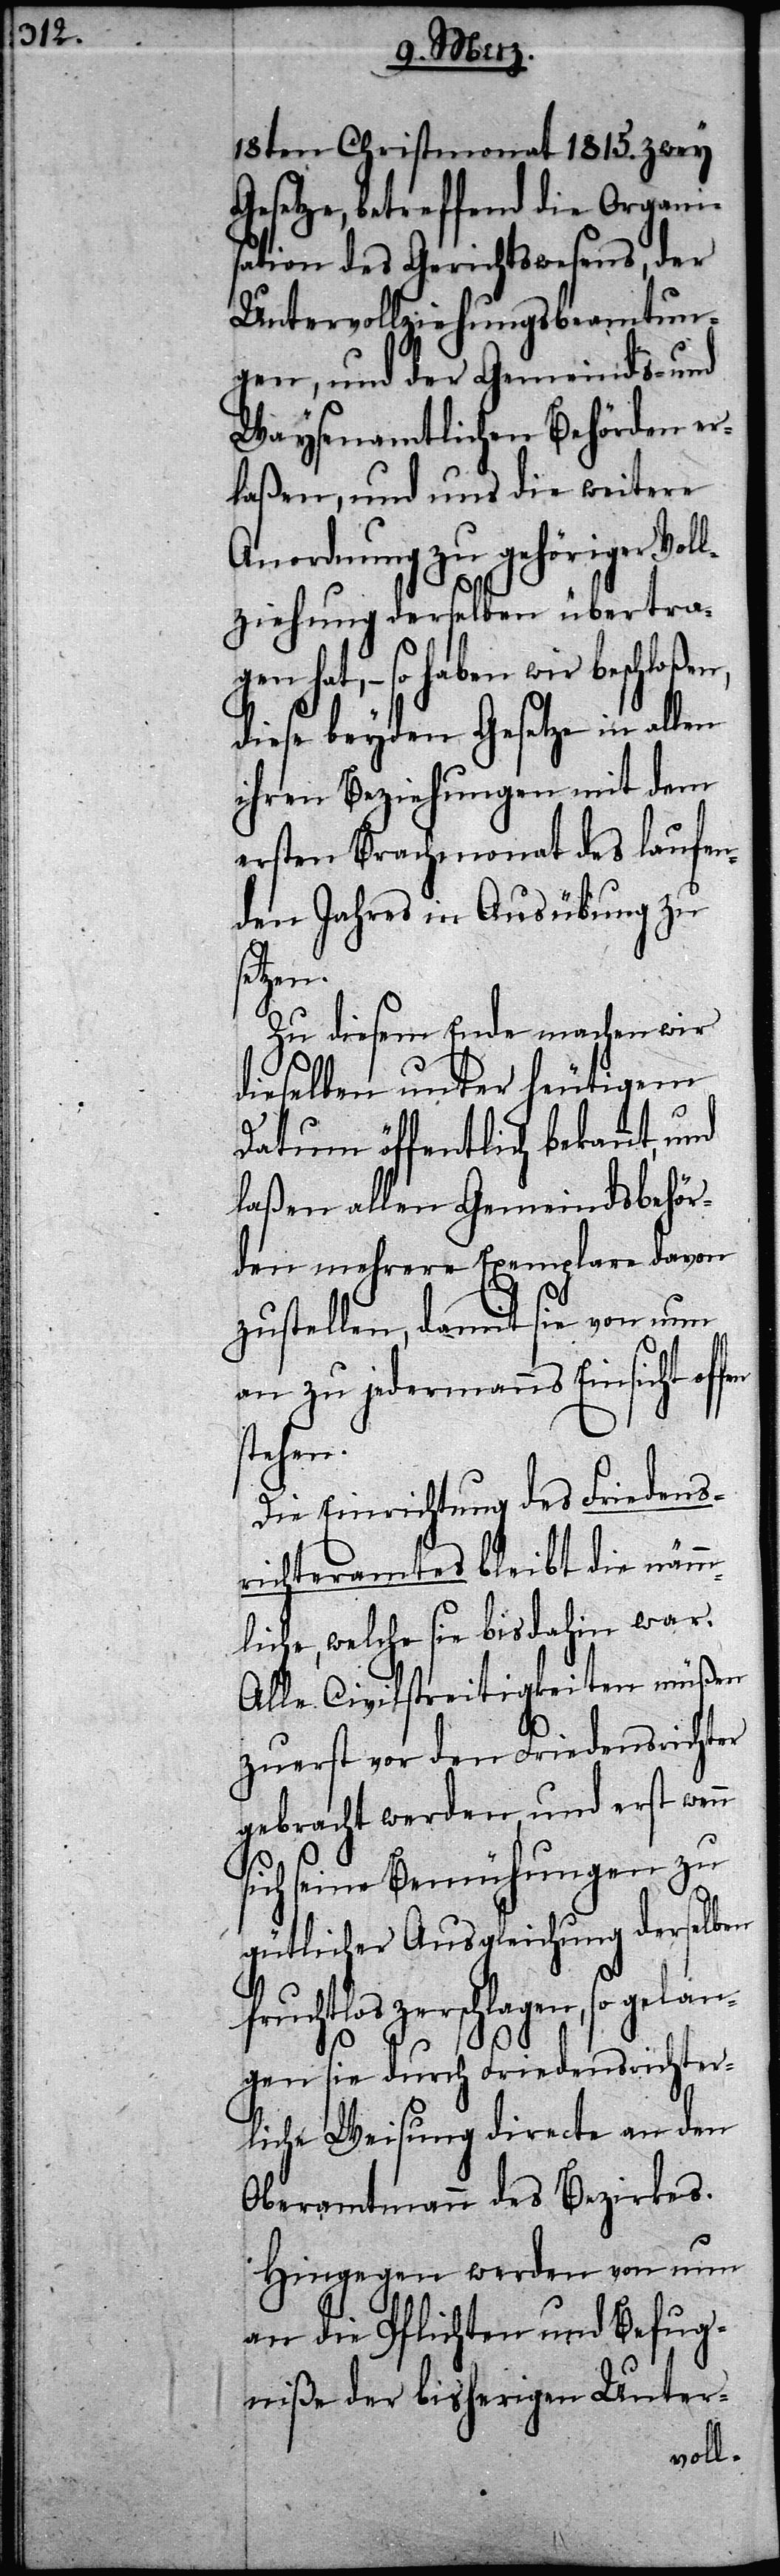
18ten Christmonat 1815. zwey
Gesetze, betreffend die Organi¬
sation des Gerichtswesens, der
Untervollziehungsbeamtun¬
gen, und der Gemeinds- und
Waysenamtlichen Behörden er¬
laßen, und uns die weitere
Anordnung zu gehöriger Voll¬
ziehung derselben übertra¬
gen hat, – so haben wir beschloßen,
diese beyden Gesetze in allen
ihren Beziehungen mit dem
ersten Brachmonath des laufen¬
den Jahres in Ausübung zu
enn
Zu diesem Ende machen wir
dieselben unter heutigem
Datum öffentlich bekannt, und
laßen allen Gemeindsbehör¬
den mehrere Exemplare davon
zustellen, damit sie von nun
an zu jedermanns Einsicht of¬
stehen.
Die Einrichtung des Friedens¬
richteramtes bleibt die nämm¬
liche, welche sie bisdahin war.
Alle Civilstreitigkeiten müßen
zuerst vor den Friedensrichter
gebracht werden und erst w¬
sich seine Bemühungen zu
gütlicher Ausgleichung derselben
fruchtlos zerschlagen, so gelan¬
gen sie durch Friedensrichter¬
liche Weisung directe an den
Oberamtmann des Bezirkes.
Hingegen werden von nun
an die Pflichten und Befug¬
niße der bisherigen Unter-